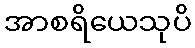
အာစရိယေသုပိ